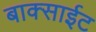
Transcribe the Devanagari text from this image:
बाक्साईट